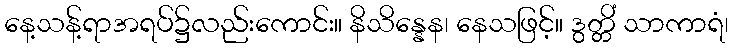
နေ့သန့်ရာအရပ်၌လည်းကောင်း။ နိသိန္နေန၊ နေသဖြင့်။ ဒွတ္တိံ သာကာရံ၊